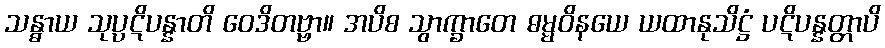
သန္ဓာယ သုပ္ပဋိပန္နာတိ ဝေဒိတဗ္ဗာ။ အပိစ သွာက္ခာတေ ဓမ္မဝိနယေ ယထာနုသိဋ္ဌံ ပဋိပန္နတ္တာပိ